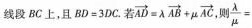
线段BC上，且$$B D = 3 D C$$.若 $$\overrightarrow { A D } = \lambda \overrightarrow { A B } = \lambda \overrightarrow { A B } + \mu \overrightarrow { A C } $$ 则 $$\frac { \lambda } { \mu } =$$